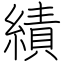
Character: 績